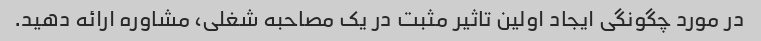
در مورد چگونگی ایجاد اولین تاثیر مثبت در یک مصاحبه شغلی، مشاوره ارائه دهید.